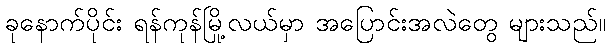
ခုနောက်ပိုင်း ရန်ကုန်မြို့လယ်မှာ အပြောင်းအလဲတွေ များသည်။